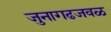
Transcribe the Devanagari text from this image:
जुनागढजवळ